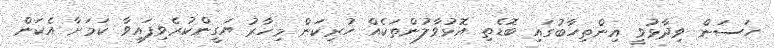
ހަސަން ވިދާޅުވީ އިންތިހާބުގައި ބޮޑެތި އޮޅުވާލުންތަކެއް ހުރިކަން މިހާރު ޔަގީންކުރެވިފައިވާ ކަމަށާ އެކަން